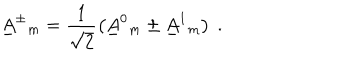
\underline { { { A } } } ^ { \pm } { } _ { m } = \frac { 1 } { \sqrt { 2 } } \left( \underline { { { A } } } ^ { 0 } { } _ { m } \pm \underline { { { A } } } ^ { 1 } { } _ { m } \right) \ .